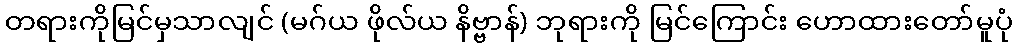
တရားကိုမြင်မှသာလျင် (မဂ်ယ ဖိုလ်ယ နိဗ္ဗာန်) ဘုရားကို မြင်ကြောင်း ဟောထားတော်မူပုံ